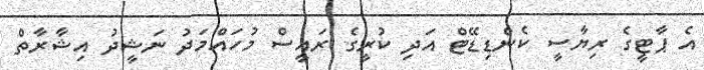
އެ ޕާޓީގެ ރިޔާސީ ކެންޑިޑޭޓް އަދި ކުރީގެ ރައީސް މުހައްމަދު ނަޝީދު އިޝާރާތް